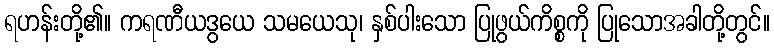
ရဟန်းတို့၏။ ကရဏီယဒွယေ သမယေသု၊ နှစ်ပါးသော ပြုဖွယ်ကိစ္စကို ပြုသောအခါတို့တွင်။